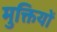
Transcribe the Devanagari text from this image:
मुक्तियों